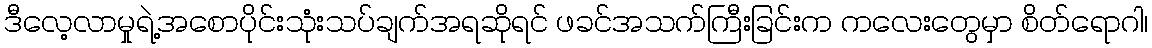
ဒီလေ့လာမှုရဲ့အစောပိုင်းသုံးသပ်ချက်အရဆိုရင် ဖခင်အသက်ကြီးခြင်းက ကလေးတွေမှာ စိတ်ရောဂါ၊